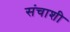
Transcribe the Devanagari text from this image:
संचाशी